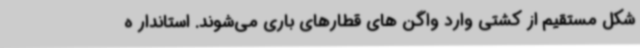
شکل مستقیم از کشتی وارد واگن های قطارهای باری می‌شوند. استاندار ه